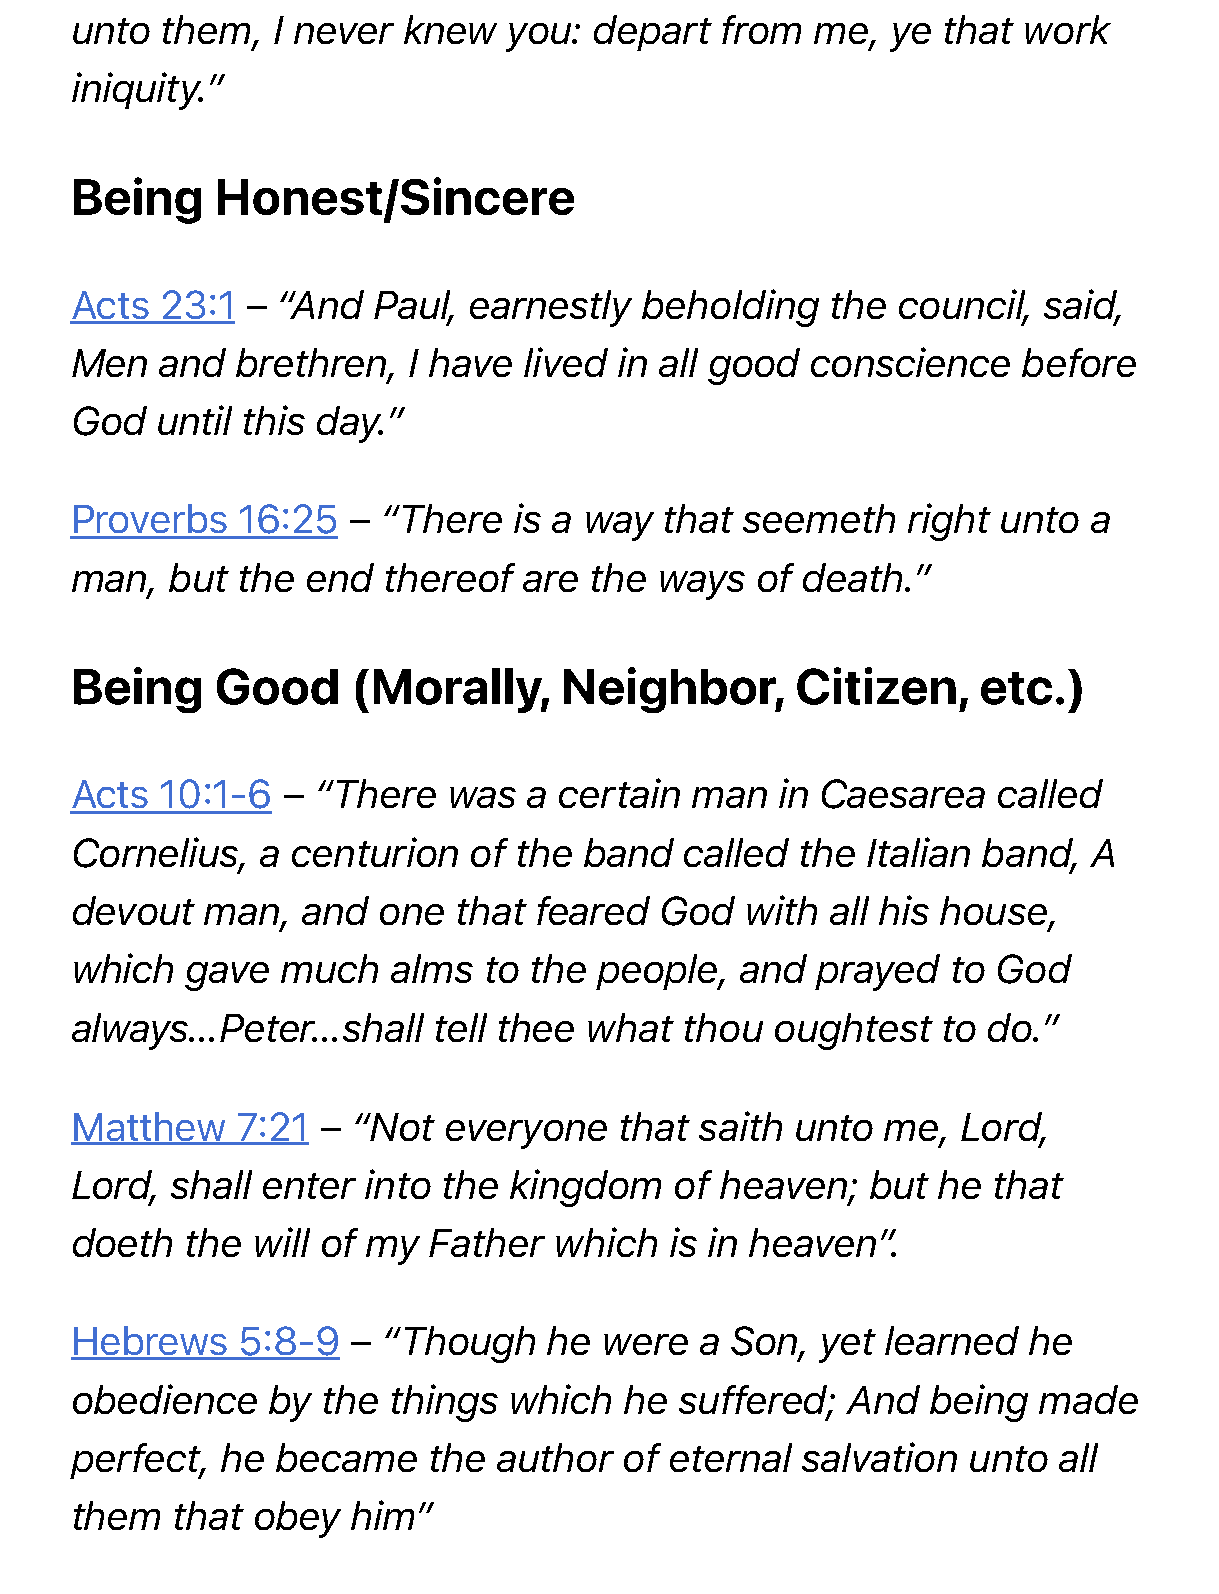
unto  them,  I never  knew   you: depart   from  me,  ye that  work
 iniquity.”
 Being    Honest/Sincere
 Acts  23:1 – “And   Paul, earnestly  beholding    the council,  said,
 Men   and  brethren,  I have  lived in all good  conscience    before
 God  until this day.”
 Proverbs   16:25  – “There   is a way  that seemeth    right unto  a
 man,  but  the end  thereof   are the ways   of death.”
 Being    Good     (Morally,     Neighbor,       Citizen,    etc.)
 Acts  10:1-6  – “There   was  a certain  man   in Caesarea   called
 Cornelius,  a centurion   of the  band  called  the Italian band,  A
 devout  man,   and  one  that feared   God  with  all his house,
 which  gave   much   alms  to the  people,  and  prayed   to God
 always…Peter…shall      tell thee what  thou  oughtest   to do.”
 Matthew    7:21 – “Not  everyone    that saith  unto  me,  Lord,
 Lord, shall enter  into the  kingdom    of heaven;   but he  that
 doeth  the  will of my Father   which  is in heaven”.
 Hebrews    5:8-9  – “Though    he  were  a Son,  yet  learned  he
 obedience    by the  things  which  he  suffered;  And   being  made
 perfect,  he became    the  author  of eternal  salvation  unto  all
 them  that  obey  him”